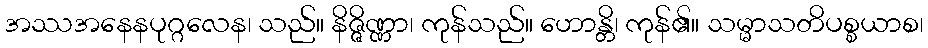
အဿအနေနပုဂ္ဂလေန၊ သည်။ နိဇ္ဇိဏ္ဏာ၊ ကုန်သည်။ ဟောန္တိ၊ ကုန်၏။ သမ္မာသတိပစ္စယာစ၊